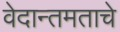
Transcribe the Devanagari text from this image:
वेदान्तमताचे